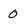
Character: 0